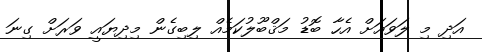
އަދި މި ލަވައަށް އެހާ ބޮޑު މަޤްބޫލުކަމެއް ލިބިގެން މިދިޔައީ ވަރަށް ގިނަ